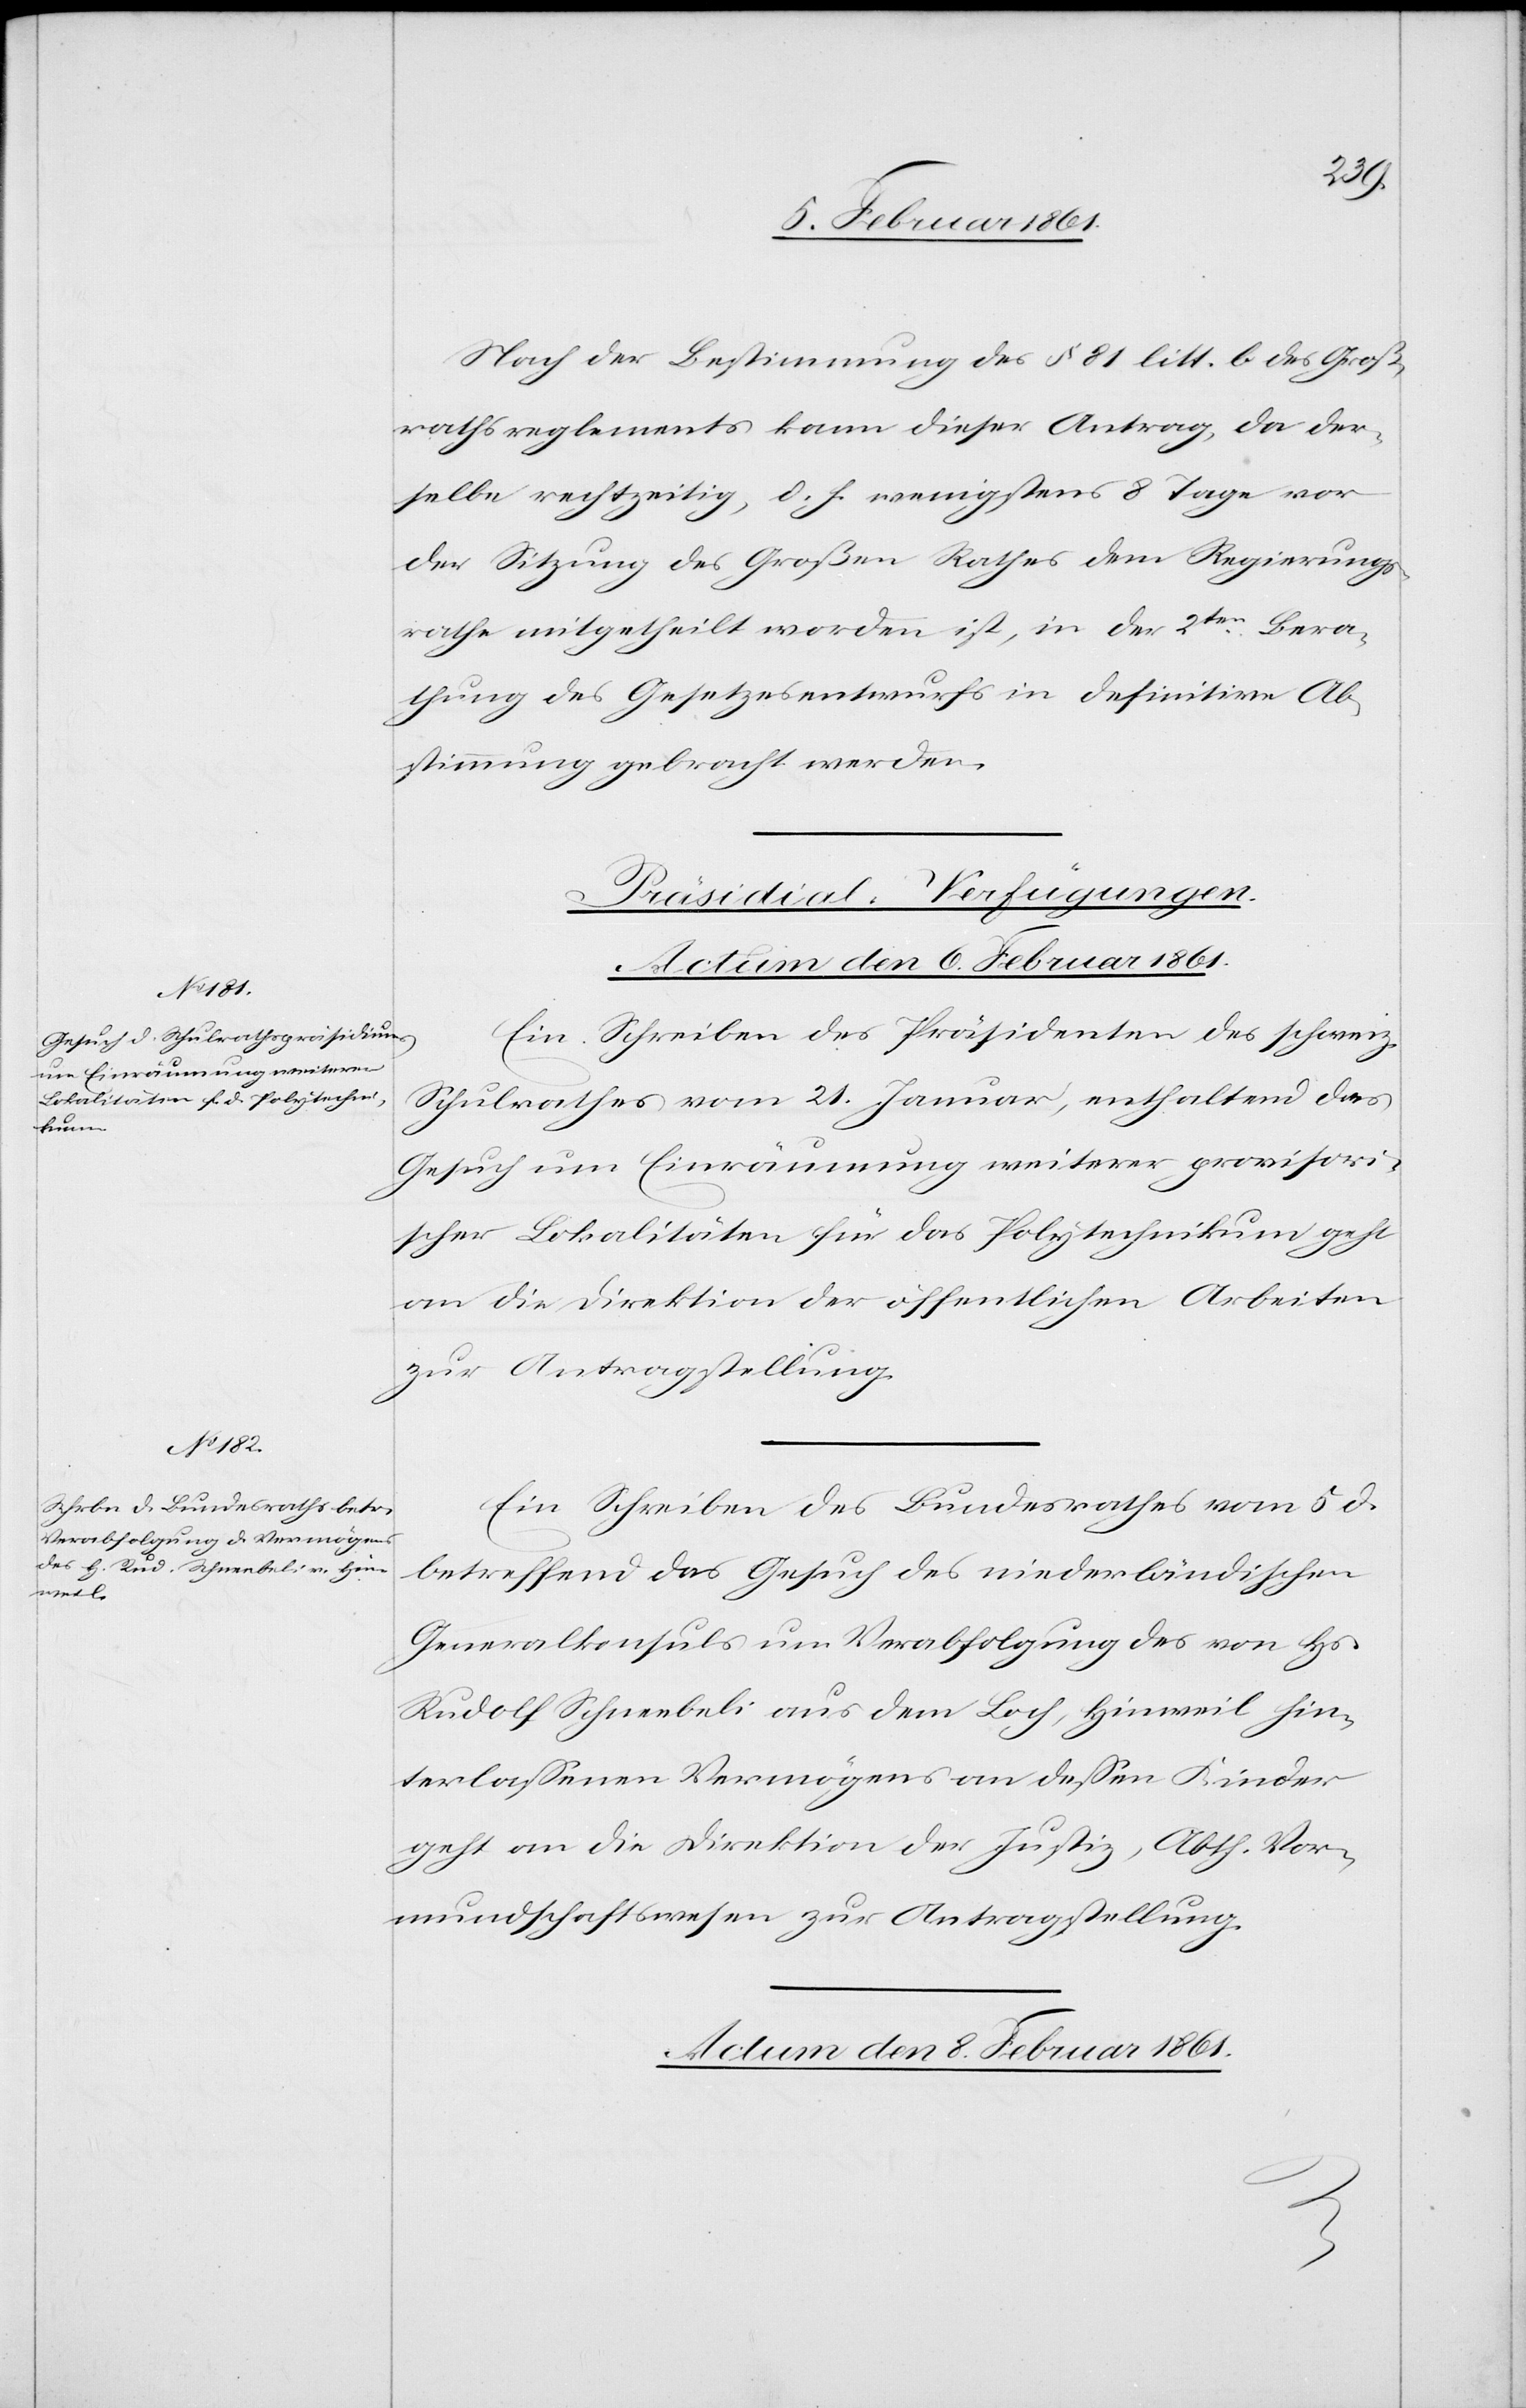
Nach der Bestimmung des §. 81 litt. b des Groß¬
rathsreglements kann dieser Antrag, da der¬
selbe rechtzeitig, d. h. wenigstens 8 Tage vor
der Sitzung des Großen Rathes dem Regierungs¬
rathe mitgetheilt worden ist, in der 2ten Bera¬
thung des Gesetzesentwurfs in definitive Ab¬
stimmung gebracht werden.
[Präsidial-Verfügungen.]
Actum den 8. Februar 1861.
Ein Schreiben des Präsidenten des schweiz.
Schulrathes vom 21. Januar, enthaltend das
Gesuch um Einräumung weiterer provisori¬
scher Lokalitäten für das Polytechnikum geht
an die Direktion der öffentlichen Arbeiten
zur Antragstellung.
Ein Schreiben des Bundesrathes vom 5. d.
betreffend das Gesuch des niederländischen
Generalkonsuls um Verabfolgung des von Hs.
Rudolf Schneebeli aus dem Loch, Hinweil hin¬
terlassenen Vermögens an dessen Kinder
geht an die Direktion der Justiz, Abth, Vor¬
mundschaftswesen zur Antragstellung.